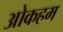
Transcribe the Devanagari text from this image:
ओकहम